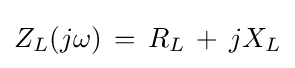
Z_{L}(j\omega )\,=\,R_{L}\,+\,jX_{L}